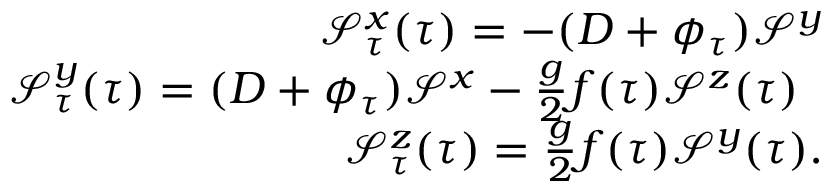
\begin{array} { r l r } & { } & { { \mathcal { S } } _ { \tau } ^ { x } ( \tau ) = - ( D + \phi _ { \tau } ) \mathcal { S } ^ { y } } \\ & { } & { { \mathcal { S } } _ { \tau } ^ { y } ( \tau ) = ( D + \phi _ { \tau } ) \mathcal { S } ^ { x } - \frac { g } { 2 } f ( \tau ) \mathcal { S } ^ { z } ( \tau ) \; \; } \\ & { } & { { \mathcal { S } } _ { \tau } ^ { z } ( \tau ) = \frac { g } { 2 } f ( \tau ) \mathcal { S } ^ { y } ( \tau ) . } \end{array}